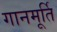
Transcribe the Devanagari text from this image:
गानमूर्ति